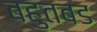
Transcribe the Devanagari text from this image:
बहुतबड